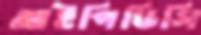
আইপিডিসি